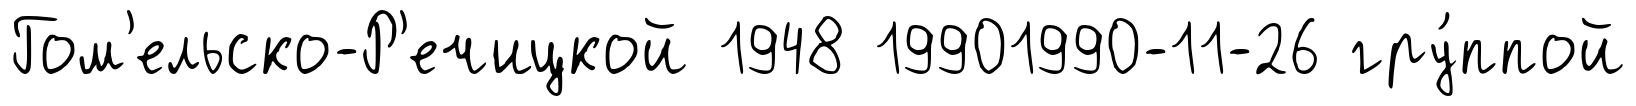
Гом'ельско-Р'ечицкой 1948 19901990-11-26 гру́ппой